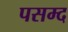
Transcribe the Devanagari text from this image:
पसम्द